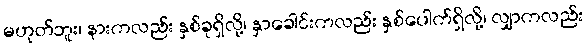
မဟုတ်ဘူး၊ နားကလည်း နှစ်ခုရှိလို့၊ နှာခေါင်းကလည်း နှစ်ပေါက်ရှိလို့၊ လျှာကလည်း